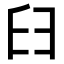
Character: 𦥑